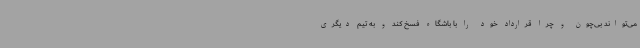
می‌تواند بی‌چون و چرا قرارداد خود را با باشگاه فسخ کند و به تیم دیگری